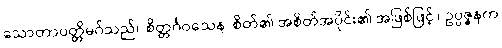
သောတာပတ္တိမဂ်သည်။ စိတ္တင်္ဂဝသေန၊ စိတ်၏ အစိတ်အပိုင်း၏ အဖြစ်ဖြင့်။ ဥပ္ပဇ္ဇနက